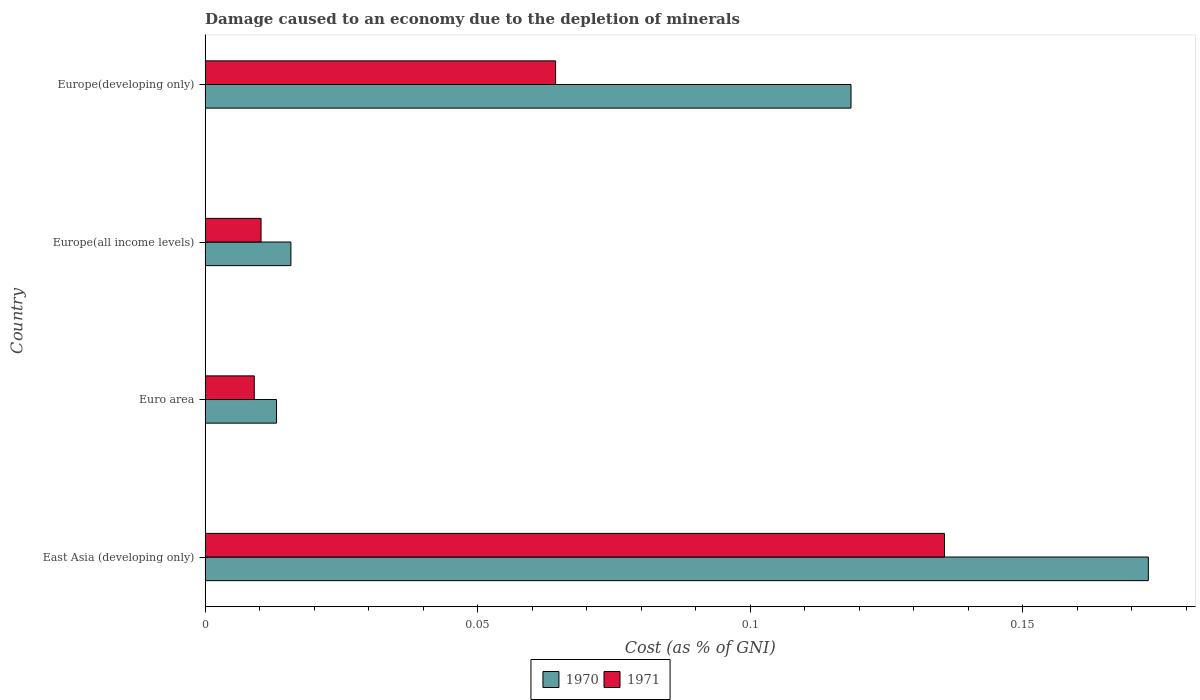
| Country | 1970 | 1971 |
 | --- | --- | --- |
 | East Asia (developing only) | 0.173 | 0.136 |
 | Euro area | 0.0131 | 0.009 |
 | Europe(all income levels) | 0.0157 | 0.0102 |
 | Europe(developing only) | 0.119 | 0.0643 |